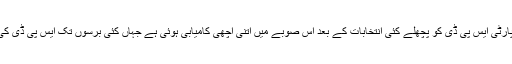
سوشل ڈيموکريٹک پارٹی ايس پی ڈی کو پچھلے کئی انتخابات کے بعد اس صوبے ميں اتنی اچھی کاميابی ہوئی ہے جہاں کئی برسوں تک ايس پی ڈی کی حکومت رہی تھی۔